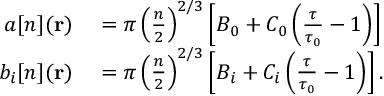
\begin{array} { r l } { a [ n ] ( \mathbf { r } ) } & { { } = \pi \left( \frac { n } { 2 } \right) ^ { 2 / 3 } \left[ B _ { 0 } + C _ { 0 } \left( \frac { \tau } { \tau _ { 0 } } - 1 \right) \right] } \\ { b _ { i } [ n ] ( \mathbf { r } ) } & { { } = \pi \left( \frac { n } { 2 } \right) ^ { 2 / 3 } \left[ B _ { i } + C _ { i } \left( \frac { \tau } { \tau _ { 0 } } - 1 \right) \right] . } \end{array}